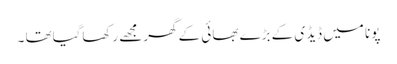
پونا میں ڈیڈی کے بڑے بھائی کے گھرمجھے رکھاگیاتھا ۔